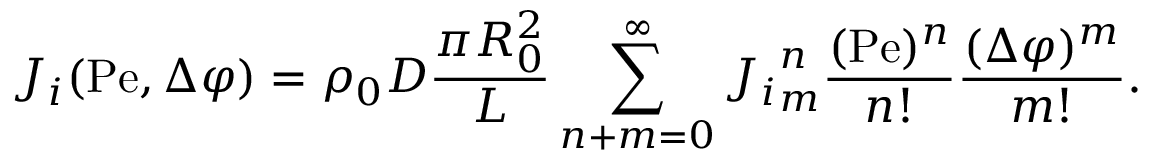
J _ { i } ( \mathrm { P e } , \Delta \varphi ) = \rho _ { 0 } D \frac { \pi R _ { 0 } ^ { 2 } } { L } \sum _ { n + m = 0 } ^ { \infty } { J _ { i } } _ { m } ^ { n } \frac { ( \mathrm { P e } ) ^ { n } } { n ! } \frac { ( \Delta \varphi ) ^ { m } } { m ! } .